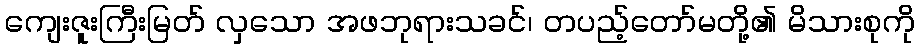
ကျေးဇူးကြီးမြတ် လှသော အဖဘုရားသခင်၊ တပည့်တော်မတို့၏ မိသားစုကို